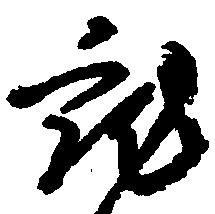
就